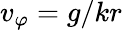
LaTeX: v_{\varphi}=g/kr